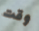
وقت